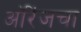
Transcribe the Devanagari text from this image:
ऑरेंजचा